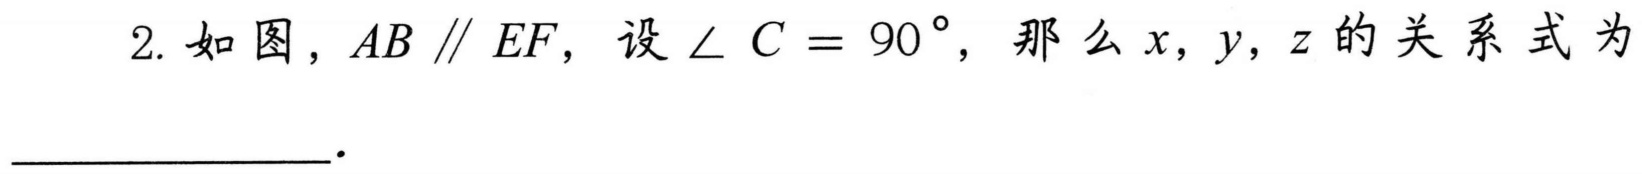
2. 如图，\(AB\parallel EF\)，设\(\angle C = 90^{\circ}\)，那么\(x,y,z\)的关系式为  ．